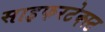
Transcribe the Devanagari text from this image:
साइफरटेक्स्ट